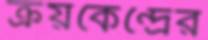
ক্রয়কেন্দ্রের